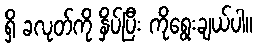
ရှိ ခလုတ်ကို နှိပ်ပြီး ကိုရွေးချယ်ပါ။